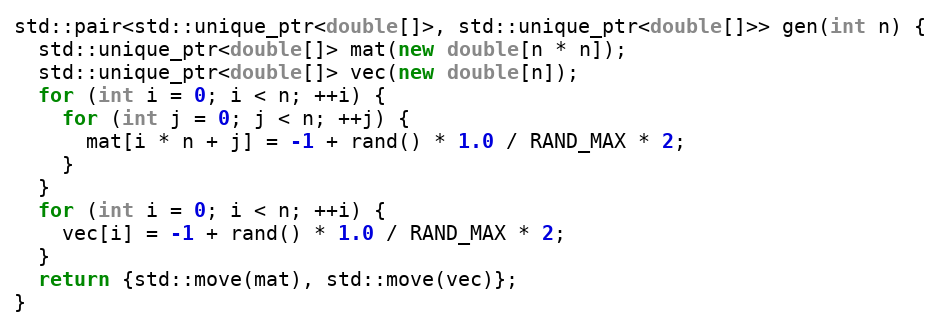
Language: C++
std::pair<std::unique_ptr<double[]>, std::unique_ptr<double[]>> gen(int n) {
  std::unique_ptr<double[]> mat(new double[n * n]);
  std::unique_ptr<double[]> vec(new double[n]);
  for (int i = 0; i < n; ++i) {
    for (int j = 0; j < n; ++j) {
      mat[i * n + j] = -1 + rand() * 1.0 / RAND_MAX * 2;
    }
  }
  for (int i = 0; i < n; ++i) {
    vec[i] = -1 + rand() * 1.0 / RAND_MAX * 2;
  }
  return {std::move(mat), std::move(vec)};
}